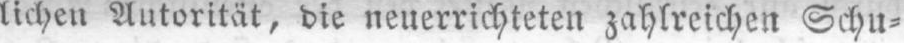
lichen Autorität, die neuerrichteten zahlreichen Schu⸗